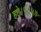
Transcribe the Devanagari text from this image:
हटे।१८५७